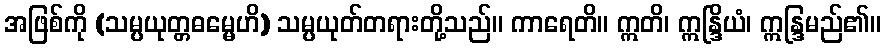
အဖြစ်ကို (သမ္ပယုတ္တဓမ္မေဟိ) သမ္ပယုတ်တရားတို့သည်။ ကာရေတိ။ ဣတိ၊ ဣန္ဒြိယံ၊ ဣန္ဒြမည်၏။